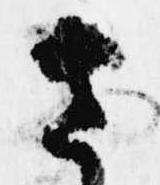
さ